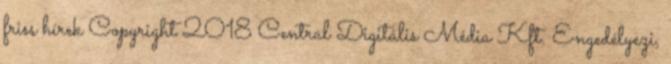
friss hírek Copyright 2018 Central Digitális Média Kft. Engedélyezi,